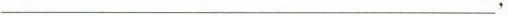
___